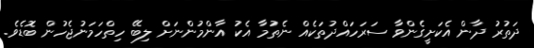
ދަތުރު ދާން އެކަށީގެންވާ ސަރަހައްދުތަކެއް ނެތުމާ އެކު އާންމުންނަށް ލިބޭ ހިތްހަމަނުޖެހުން ބޮޑެވެ.